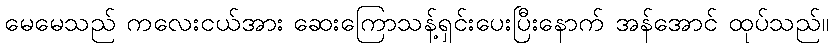
မေမေသည် ကလေးငယ်အား ဆေးကြောသန့်ရှင်းပေးပြီးနောက် အန်အောင် ထုပ်သည်။